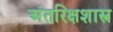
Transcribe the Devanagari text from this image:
अंतरिक्षशास्त्र